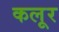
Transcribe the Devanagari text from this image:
कलूर